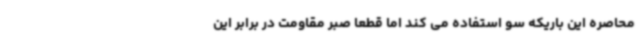
محاصره این باریکه سو استفاده می کند اما قطعا صبر مقاومت در برابر این